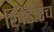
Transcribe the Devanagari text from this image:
खिंडरिच